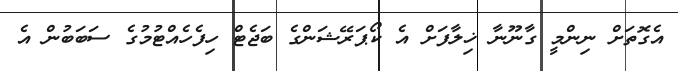
އެގޮތަށް ނިންމީ ގާނޫނާ ޚިލާފަށް އެ ކޯޕަރޭޝަންގެ ބަޖެޓް ހިފެހެއްޓުމުގެ ސަބަބުން އެ